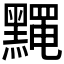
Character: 𪒎